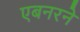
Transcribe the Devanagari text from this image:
एबनरने